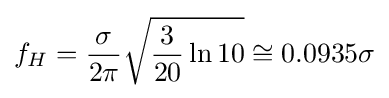
f_{H}={\frac {\sigma }{2\pi }}{\sqrt {{\frac {3}{20}}\ln 10}}\cong 0.0935\sigma